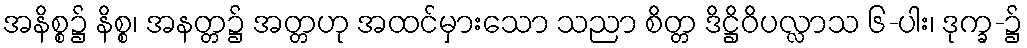
အနိစ္စ၌ နိစ္စ၊ အနတ္တ၌ အတ္တဟု အထင်မှားသော သညာ စိတ္တ ဒိဋ္ဌိဝိပလ္လာသ ၆-ပါး၊ ဒုက္ခ-၌